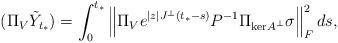
LaTeX: \begin{align*} (\Pi_V \tilde{Y}_{t_*}) = \int_0^{t_*} \left\| \Pi_V e^{|z|J^\perp(t_*-s)}P^{-1}\Pi_{\mathrm{ker}A^\perp}\sigma \right\|_F^2 ds,\end{align*}